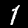
Label: 1